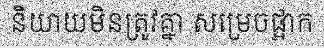
និយាយមិនត្រូវគ្នា សម្រេចផ្អាក